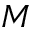
M